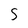
Character: S